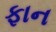
ફાન